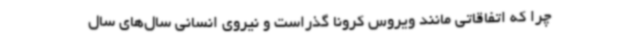
چرا که اتفاقاتی مانند ویروس کرونا گذراست و نیروی انسانی سال‌های سال